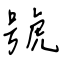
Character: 號